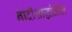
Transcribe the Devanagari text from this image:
नांदीश्राद्धांतील